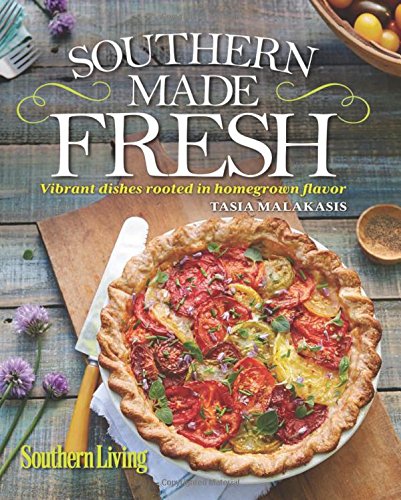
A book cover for Southern Living Southern Made Fresh: Vibrant Dishes Rooted in Homegrown Flavor; Tasia Malakasis; Cookbooks, Food & Wine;